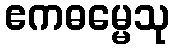
ဧကဓမ္မေသု